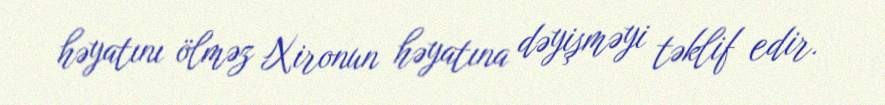
həyatını ölməz Xironun həyatına dəyişməyi təklif edir.